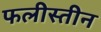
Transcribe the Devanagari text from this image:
फलीस्‍तीन